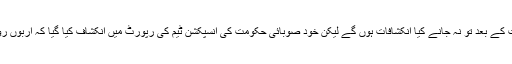
کسی غیرجانبدار ادارے کی تحقیقات کے بعد تو نہ جانے کیا انکشافات ہوں گے لیکن خود صوبائی حکومت کی انسپکشن ٹیم کی رپورٹ میں انکشاف کیا گیا کہ اربوں روپے کے کک بیکس لئے گئے ہیں۔